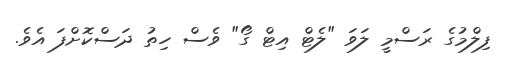
ފިލްމުގެ ރަސްމީ ލަވަ "ލެޓް އިޓް ގޯ" ވެސް ހިތު ދަސްކޮށްފަ އެވެ.